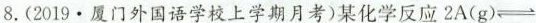
8.(2019·厦门外国语学校上学期月考)某化学反应$$2 A ( g ) \rightleftharpoons